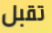
تقبل